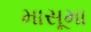
માસૂમા